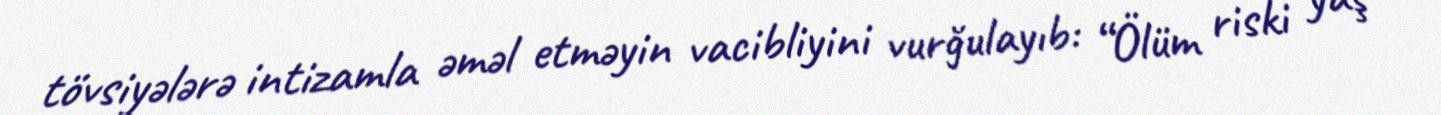
tövsiyələrə intizamla əməl etməyin vacibliyini vurğulayıb: “Ölüm riski yaş